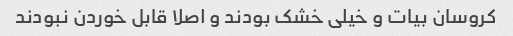
کروسان بیات و خیلی خشک بودند و اصلا قابل خوردن نبودند